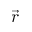
\vec { r }